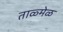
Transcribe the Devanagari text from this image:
ताळ्मेळ